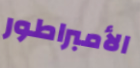
الأمبراطور